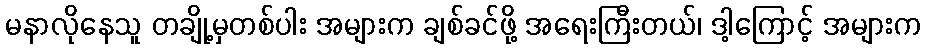
မနာလိုနေသူ တချို့မှတစ်ပါး အများက ချစ်ခင်ဖို့ အရေးကြီးတယ်၊ ဒါ့ကြောင့် အများက